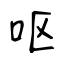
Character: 呕